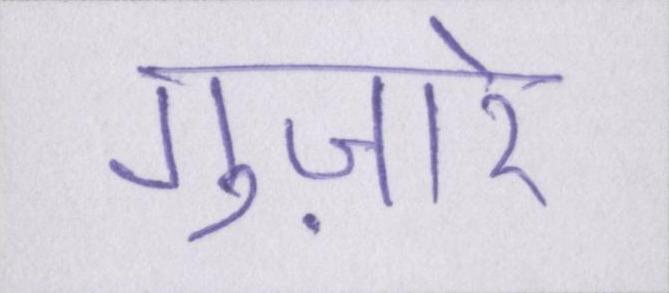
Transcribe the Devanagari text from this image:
गुज़ारे